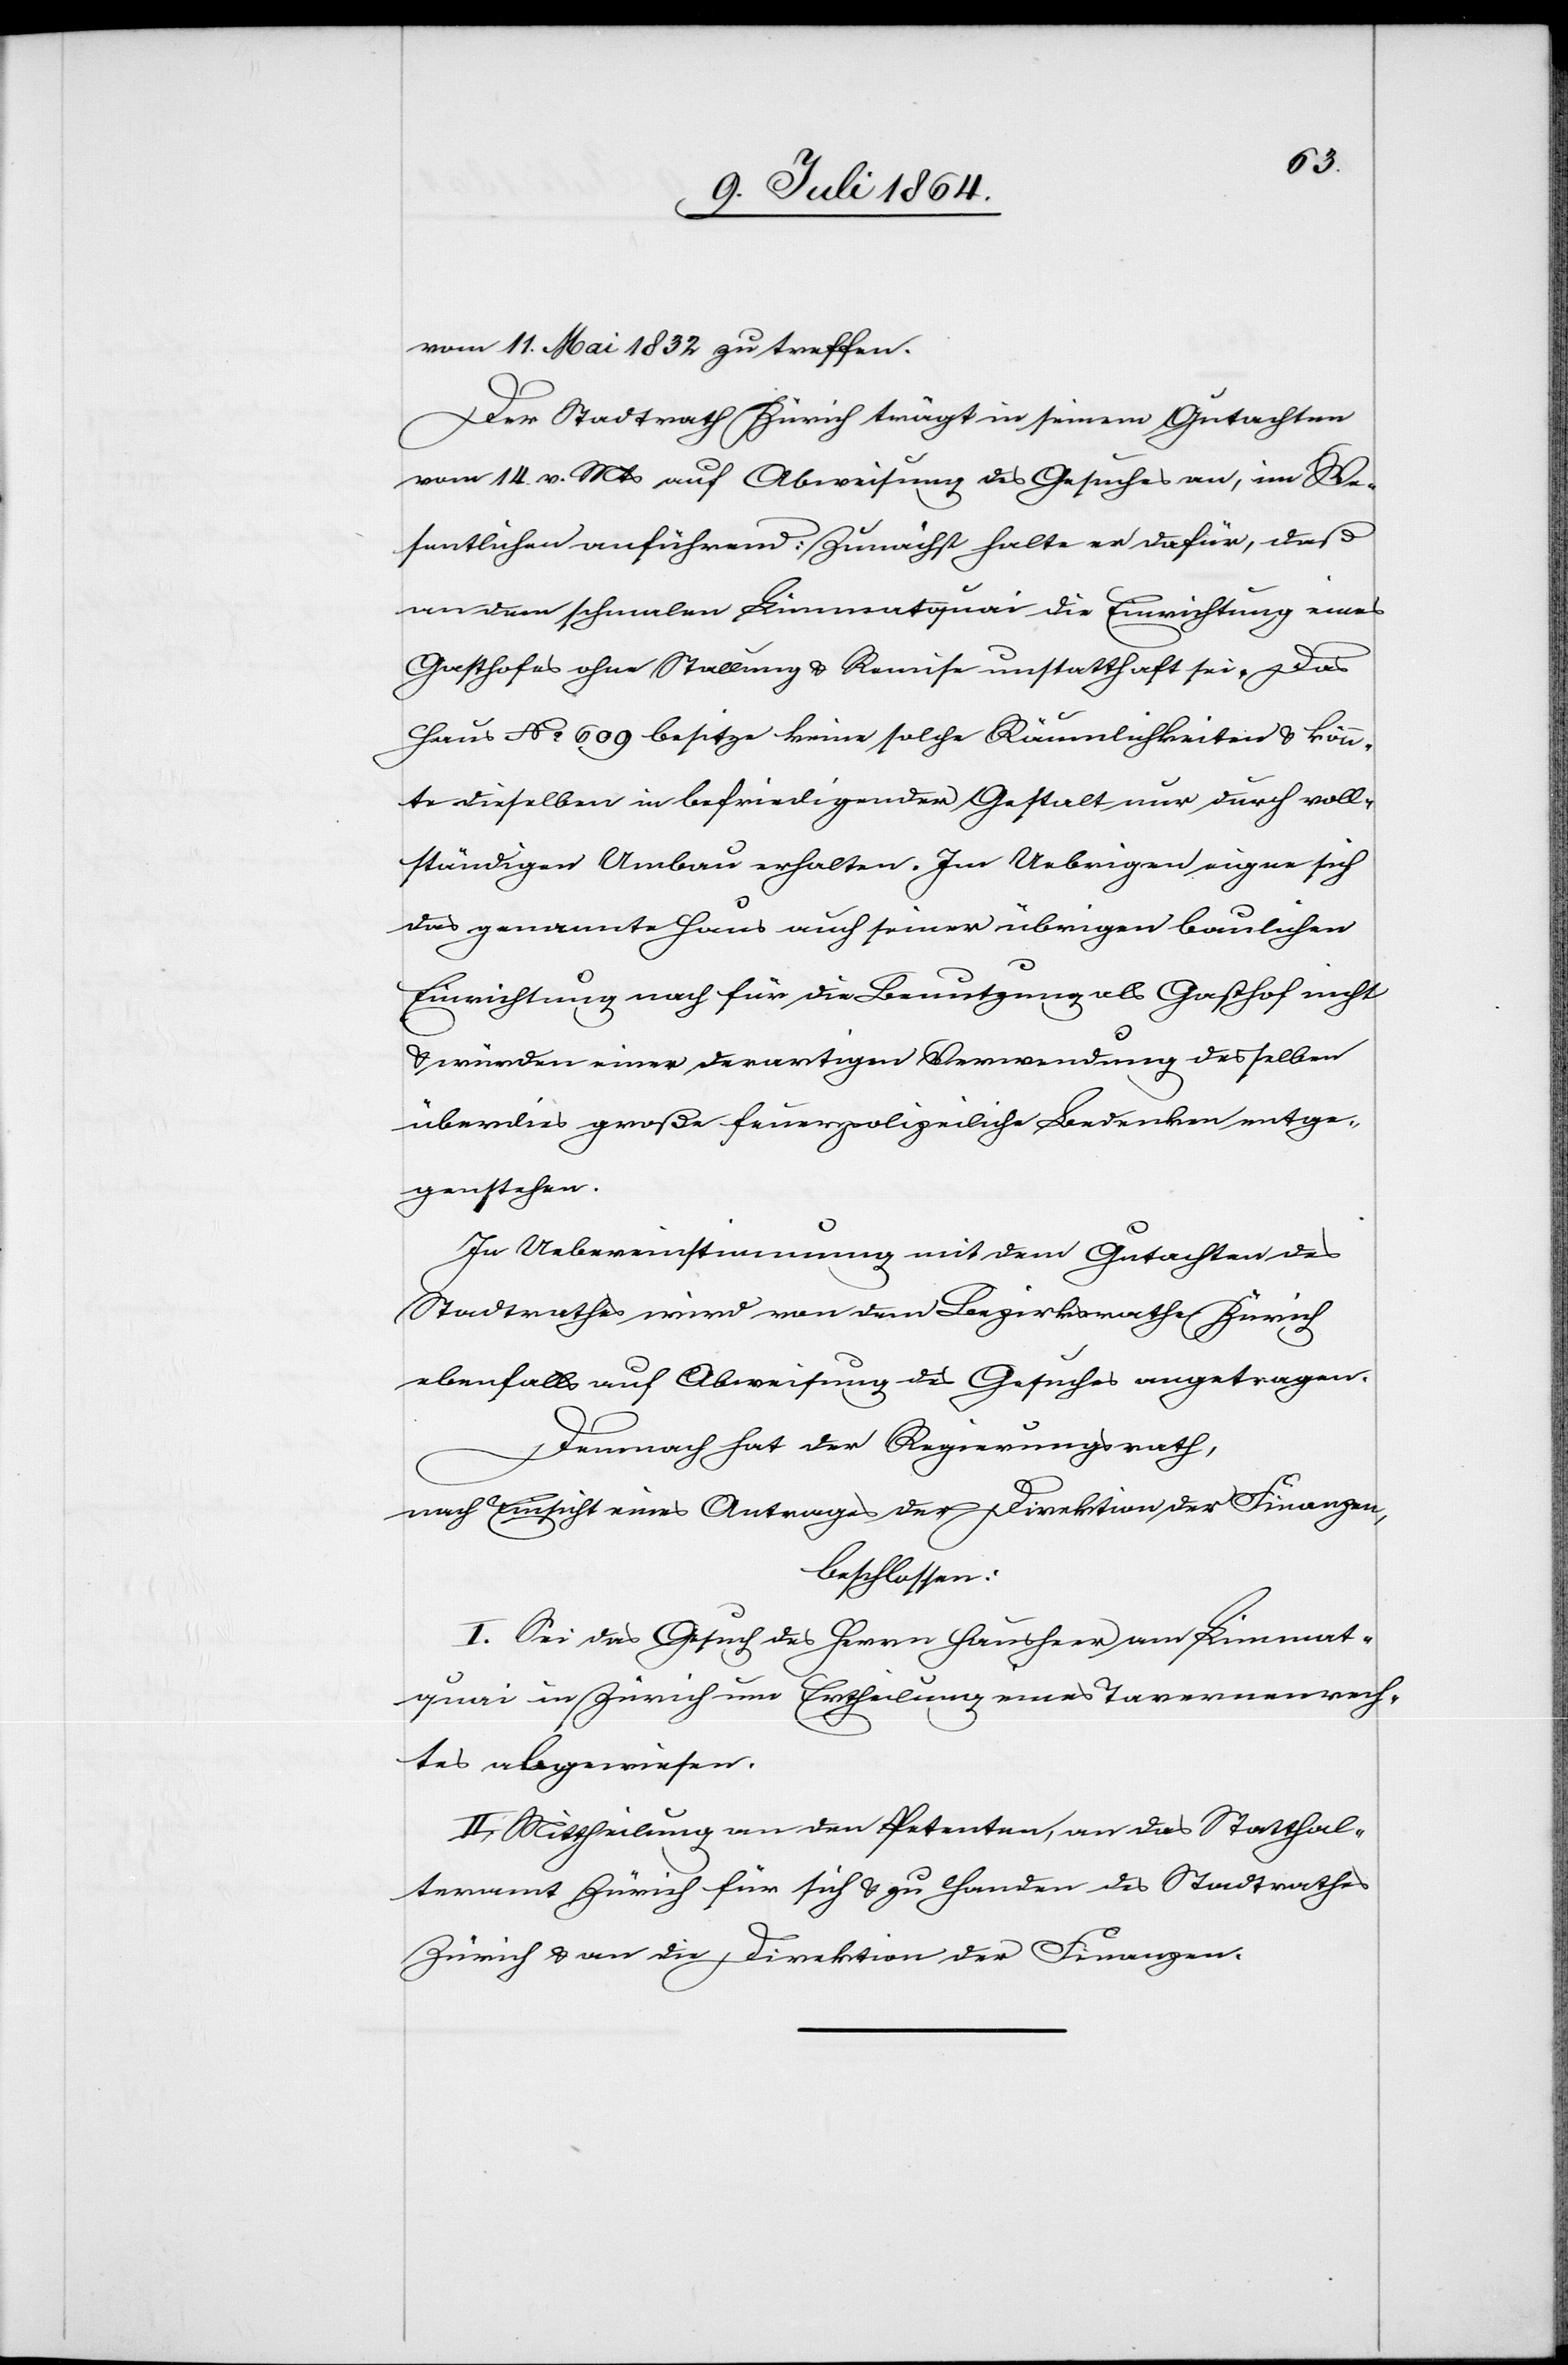
vom 11. Mai 1832 zu treffen.
Der Stadtrath Zürich trägt in seinem Gutachten
vom 14. v. Mts. auf Abweisung des Gesuches an, im We¬
sentlichen anführend: Zunächst halte er dafür, daß
an dem schmalen Limmatquai die Einrichtung eines
Gasthofes ohne Stallung u. Remise unstatthaft sei. Das
Haus No 609 besitze keine solche Räumlichkeiten u. könn¬
te dieselben in befriedigender Gestalt nur durch voll¬
ständigen Umbau erhalten. Im Uebrigen eigne sich
das genannte Haus auch seiner übrigen baulichen
Einrichtung nach für die Benutzung als Gasthof nicht
u. würden einer derartigen Verwendung desselben
überdies große feuerpolizeiliche Bedenken entge¬
genstehen.
In Uebereinstimmung mit dem Gutachten des
Stadtrathes wird von dem Bezirksrathe Zürich
ebenfalls auf Abweisung des Gesuches angetragen.
Demnach hat der Regierungsrath,
nach Einsicht eines Antrages der Direktion der Finanzen,
beschlossen:
I. Sei das Gesuch des Herrn Hausheer am Limmat¬
quai in Zürich um Ertheilung eines Tavernenrech¬
tes abgewiesen.
II. Mittheilung an den Petenten, an das Statthal¬
teramt Zürich für sich u. zu Handen des Stadtrathes
Zürich u. an die Direktion der Finanzen.